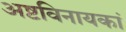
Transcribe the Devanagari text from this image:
अष्टविनायकां